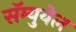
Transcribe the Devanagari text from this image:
सॅम्युयेल